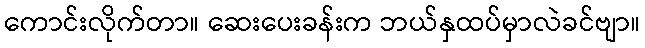
ကောင်းလိုက်တာ။ ဆေးပေးခန်းက ဘယ်နှထပ်မှာလဲခင်ဗျာ။